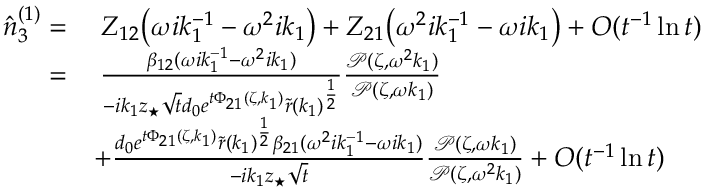
\begin{array} { r l } { \hat { n } _ { 3 } ^ { ( 1 ) } = } & { \; Z _ { 1 2 } \big ( \omega i k _ { 1 } ^ { - 1 } - \omega ^ { 2 } i k _ { 1 } \big ) + Z _ { 2 1 } \big ( \omega ^ { 2 } i k _ { 1 } ^ { - 1 } - \omega i k _ { 1 } \big ) + O ( t ^ { - 1 } \ln t ) } \\ { = } & { \: \frac { \beta _ { 1 2 } ( \omega i k _ { 1 } ^ { - 1 } - \omega ^ { 2 } i k _ { 1 } ) } { - i k _ { 1 } z _ { \star } \sqrt { t } d _ { 0 } e ^ { t \Phi _ { 2 1 } ( \zeta , k _ { 1 } ) } \tilde { r } ( k _ { 1 } ) ^ { \frac { 1 } { 2 } } } \frac { \mathcal { P } ( \zeta , \omega ^ { 2 } k _ { 1 } ) } { \mathcal { P } ( \zeta , \omega k _ { 1 } ) } } \\ & { + \frac { d _ { 0 } e ^ { t \Phi _ { 2 1 } ( \zeta , k _ { 1 } ) } \tilde { r } ( k _ { 1 } ) ^ { \frac { 1 } { 2 } } \beta _ { 2 1 } ( \omega ^ { 2 } i k _ { 1 } ^ { - 1 } - \omega i k _ { 1 } ) } { - i k _ { 1 } z _ { \star } \sqrt { t } } \frac { \mathcal { P } ( \zeta , \omega k _ { 1 } ) } { \mathcal { P } ( \zeta , \omega ^ { 2 } k _ { 1 } ) } + O ( t ^ { - 1 } \ln t ) } \end{array}